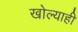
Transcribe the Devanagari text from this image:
खोल्याही